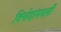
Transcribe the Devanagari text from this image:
विनोदांमधली